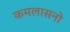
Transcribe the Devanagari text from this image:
कमलासनो